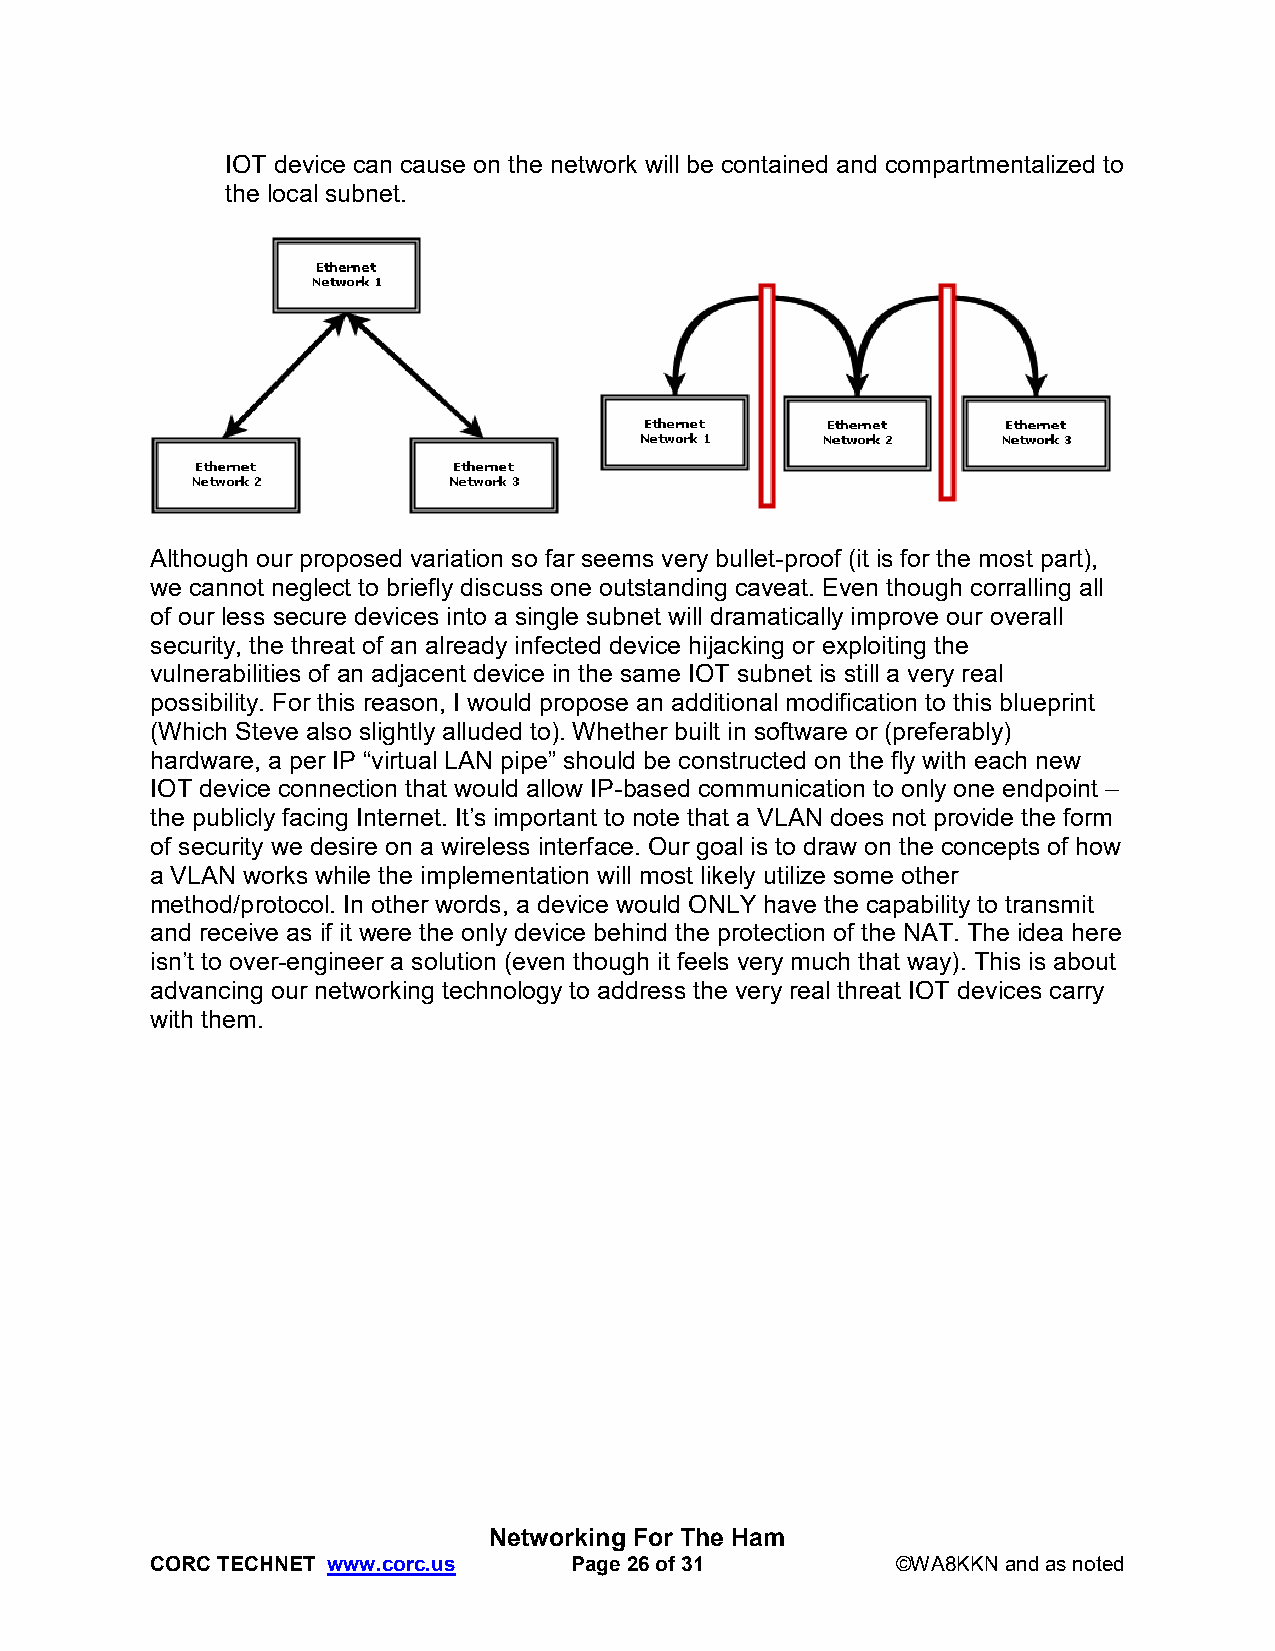
IOT device can cause on the network will be contained and compartmentalized to
 the local subnet.
 Although our proposed variation so far seems very bullet-proof (it is for the most part),
 we cannot neglect to briefly discuss one outstanding caveat. Even though corralling all
 of our less secure devices into a single subnet will dramatically improve our overall
 security, the threat of an already infected device hijacking or exploiting the
 vulnerabilities of an adjacent device in the same IOT subnet is still a very real
 possibility. For this reason, I would propose an additional modification to this blueprint
 (Which Steve also slightly alluded to). Whether built in software or (preferably)
 hardware, a per IP “virtual LAN pipe” should be constructed on the fly with each new
 IOT device connection that would allow IP-based communication to only one endpoint –
 the publicly facing Internet. It’s important to note that a VLAN does not provide the form
 of security we desire on a wireless interface. Our goal is to draw on the concepts of how
 a VLAN works while the implementation will most likely utilize some other
 method/protocol. In other words, a device would ONLY have the capability to transmit
 and receive as if it were the only device behind the protection of the NAT. The idea here
 isn’t to over-engineer a solution (even though it feels very much that way). This is about
 advancing our networking technology to address the very real threat IOT devices carry
 with them.
 Networking For The Ham
 CORC TECHNET www.corc.us    Page 26 of 31        ©WA8KKN and as noted